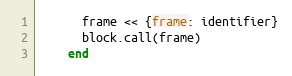
Language: Ruby
      frame << {frame: identifier}
      block.call(frame)
    end